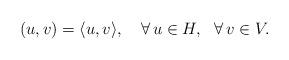
LaTeX: \begin{align*}(u,v)=\langle u,v\rangle,\ \ \ \forall\,u\in H,\ \ \forall\,v\in V.\end{align*}